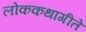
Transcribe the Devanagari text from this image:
लोककथागीते